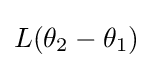
L(\theta _{2}-\theta _{1})